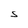
Character: S